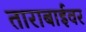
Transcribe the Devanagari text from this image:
ताराबाईवर